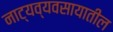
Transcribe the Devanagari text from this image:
नाट्यव्यवसायातील